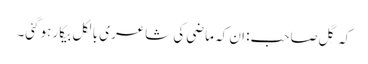
کہ گِل صاحب: ان کہ ماضی کی شاعری بالکل بیکار ہوگئی۔